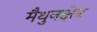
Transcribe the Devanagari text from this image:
मैथुनक्षेत्र